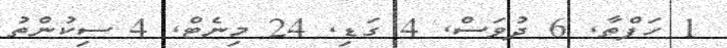
1 ހަފްތާ